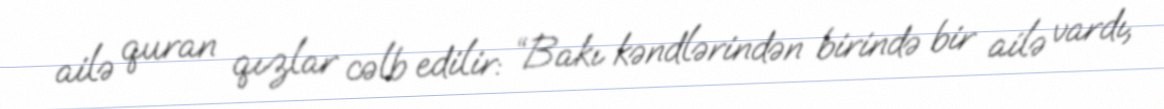
ailə quran qızlar cəlb edilir: “Bakı kəndlərindən birində bir ailə vardı,